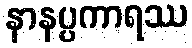
နာနပ္ပကာရဿ